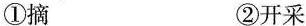
①摘 ②开采